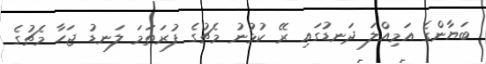
ބަޔާންގެ އަމިއްލަ ދަނޑުގައި ރޭ ކުޅުނު މެޗުގެ ފުރަތަމަ ލަނޑު ޖަހާ މެޗުގެ